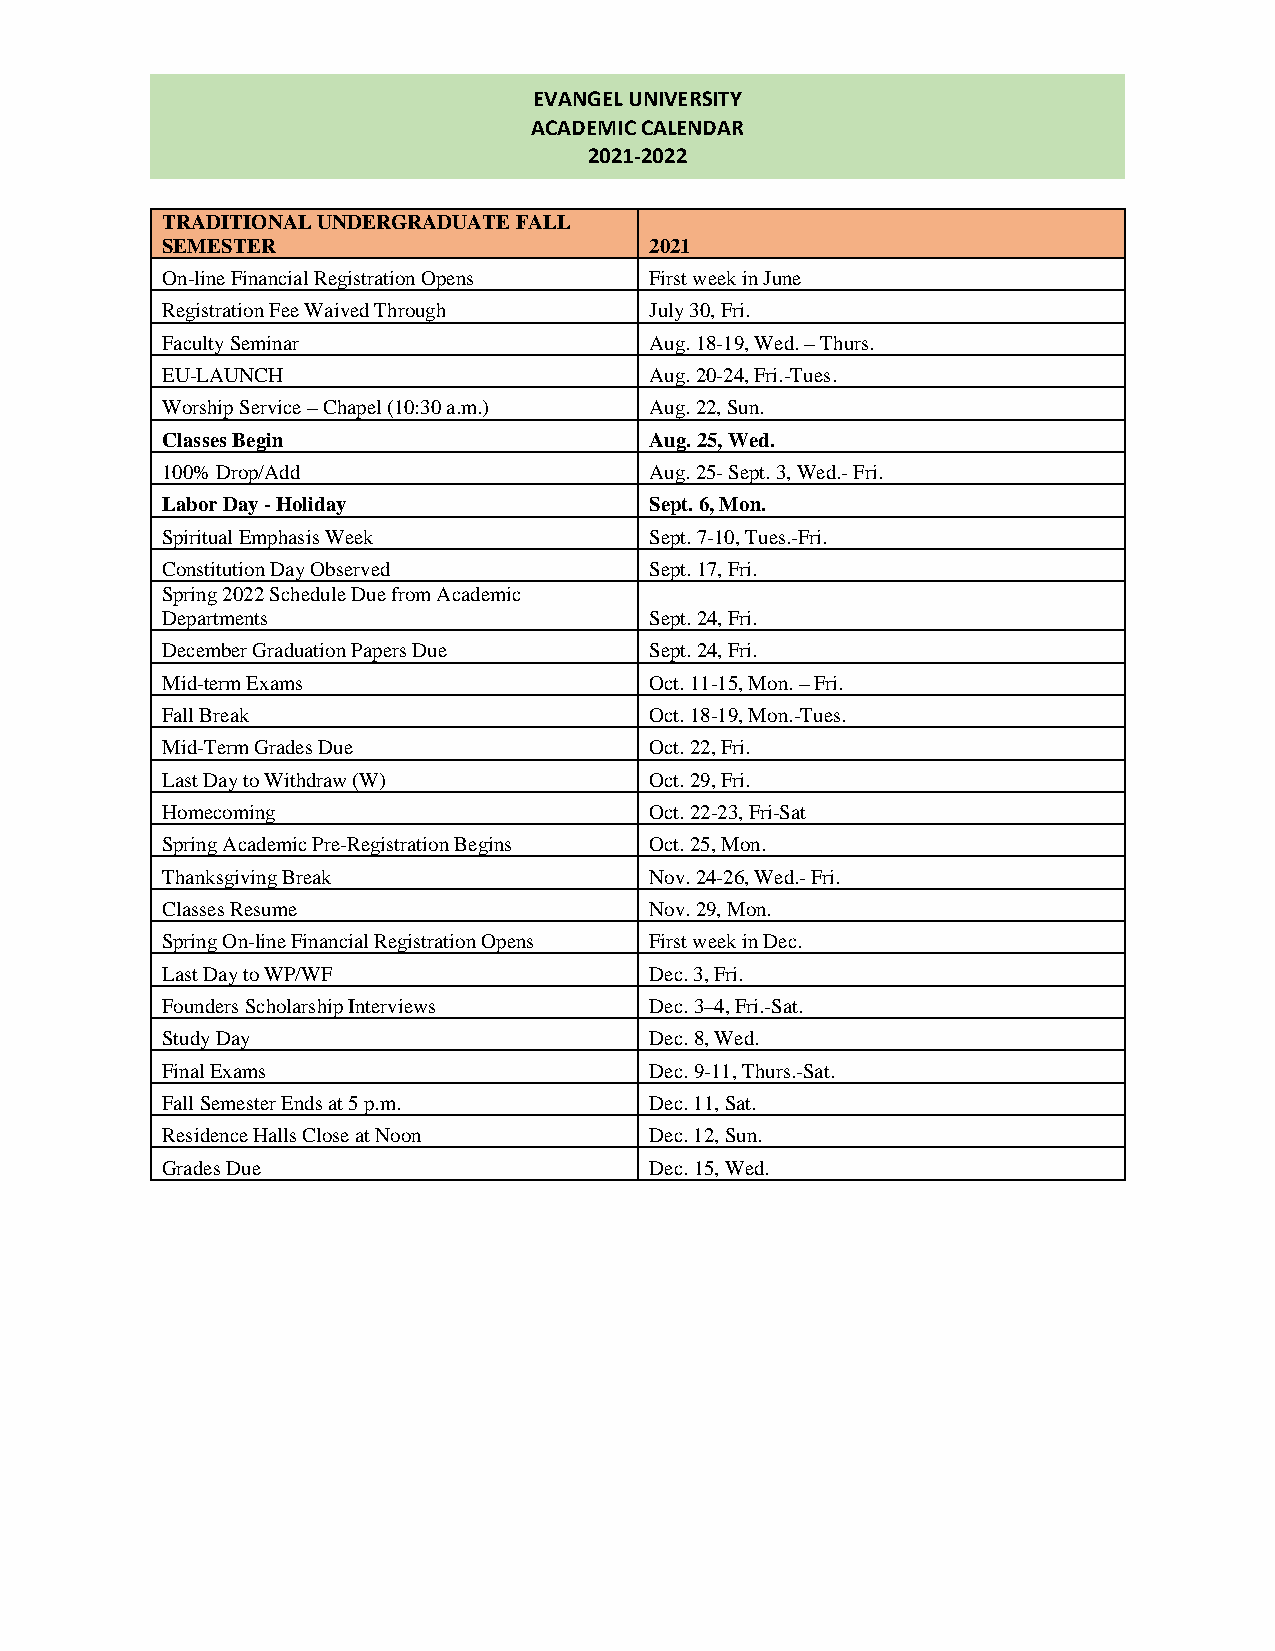
EVANGEL UNIVERSITY
 ACADEMIC CALENDAR
 2021-2022
 TRADITIONAL UNDERGRADUATE FALL
 SEMESTER                        2021
 On-line Financial Registration Opens First week in June
 Registration Fee Waived Through July 30, Fri.
 Faculty Seminar                 Aug. 18-19, Wed. – Thurs.
 EU-LAUNCH                       Aug. 20-24, Fri.-Tues.
 Worship Service – Chapel (10:30 a.m.) Aug. 22, Sun.
 Classes Begin                   Aug. 25, Wed.
 100% Drop/Add                   Aug. 25- Sept. 3, Wed.- Fri.
 Labor Day - Holiday             Sept. 6, Mon.
 Spiritual Emphasis Week         Sept. 7-10, Tues.-Fri.
 Constitution Day Observed       S e pt. 17, Fri.
 Spring 2022 Schedule Due from Academic
 Departments                     Sept. 24, Fri.
 December Graduation Papers Due  S e p t . 24, Fri.
 Mid-term Exams                  Oct. 11-15, Mon. – Fri.
 Fall Break                      Oct. 18-19, Mon.-Tues.
 Mid-Term Grades Due             O ct. 22, Fri.
 Last Day to Withdraw (W)        Oct. 29, Fri.
 Homecoming                      Oct. 22-23, Fri-Sat
 Spring Academic Pre-Registration Begins Oct. 25, Mon.
 Thanksgiving Break              Nov. 24-26, Wed.- Fri.
 Classes Resume                  Nov. 29, Mon.
 Spring On-line Financial Registration Opens First week in Dec.
 Last Day to WP/WF               Dec. 3, Fri.
 Founders Scholarship Interviews Dec. 3–4, Fri.-Sat.
 Study Day                       Dec. 8, Wed.
 Final Exams                     Dec. 9-11, Thurs.-Sat.
 Fall Semester Ends at 5 p.m.    Dec. 11, Sat.
 Residence Halls Close at Noon   Dec. 12, Sun.
 Grades Due                      Dec. 15, Wed.